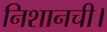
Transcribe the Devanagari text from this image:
निशानची।